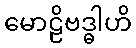
မောဠိဗဒ္ဓါဟိ